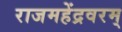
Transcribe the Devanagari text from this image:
राजमहेंद्रवरम्